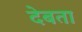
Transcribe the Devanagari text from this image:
देबता